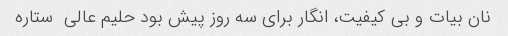
نان بیات و بی کیفیت، انگار برای سه روز پیش بود حلیم عالی  ستاره